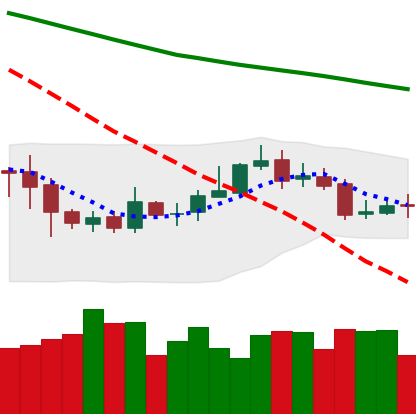
Ticker: ETC-USD
Chart end date: 2020-10-19
Forward return: 5.817%
Label: up_5_7